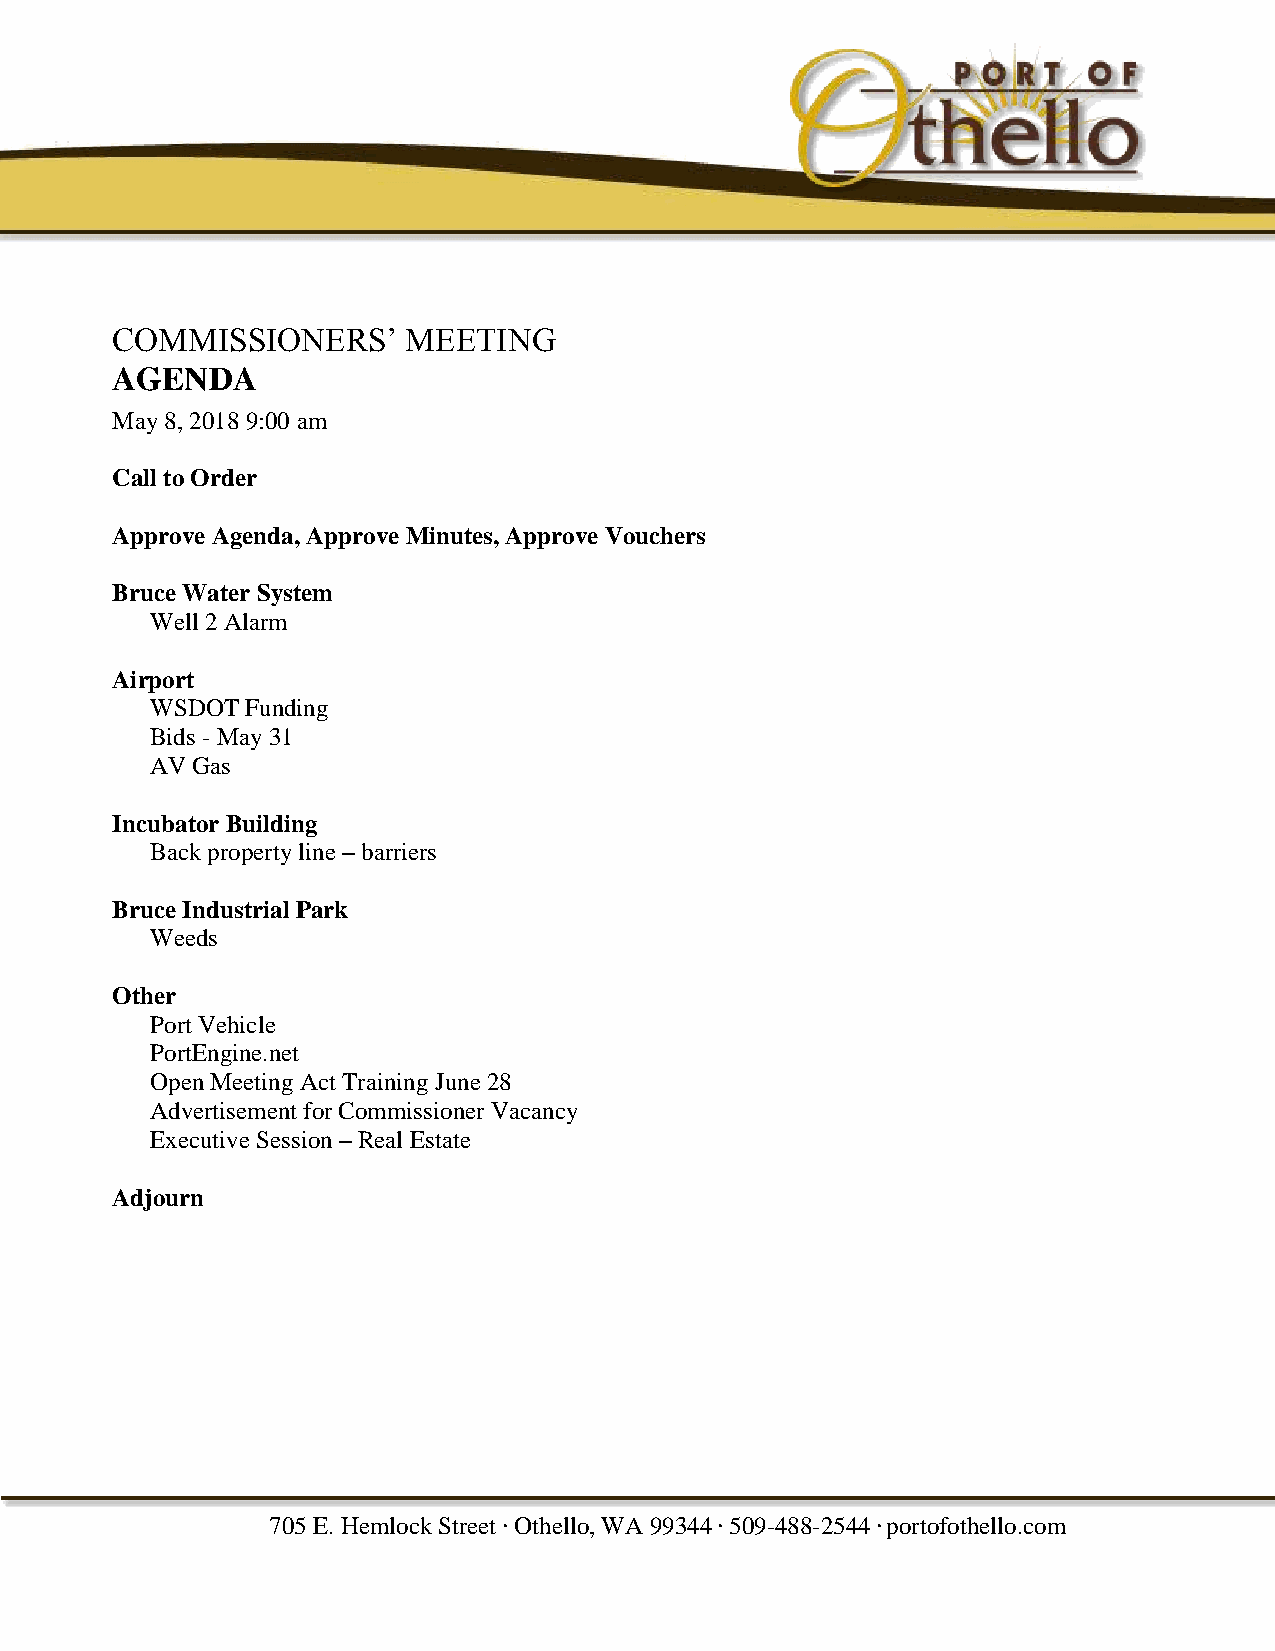
COMMISSIONERS’      MEETING
 AGENDA
 May 8, 2018 9:00 am
 Call to Order
 Approve Agenda, Approve Minutes, Approve Vouchers
 Bruce Water System
 Well 2 Alarm
 Airport
 WSDOT Funding
 Bids - May 31
 AV Gas
 Incubator Building
 Back property line – barriers
 Bruce Industrial Park
 Weeds
 Other
 Port Vehicle
 PortEngine.net
 Open Meeting Act Training June 28
 Advertisement for Commissioner Vacancy
 Executive Session – Real Estate
 Adjourn
 705 E. Hemlock Street . Othello, WA 99344 . 509-488-2544 . portofothello.com